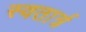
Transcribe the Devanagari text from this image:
स्वतार्त्र